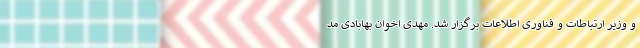
و وزیر ارتباطات و فناوری اطلاعات برگزار شد. مهدی اخوان بهابادی مد